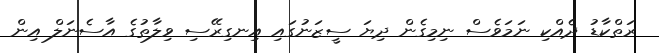
ރަތްކާޑު ދެއްކި ނަމަވެސް ނިމިގެން ދިޔަ ސީޒަނުގައި އިނގިރޭސި ވިލާތުގެ އާސެނަލް އިން